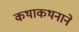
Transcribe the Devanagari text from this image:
कथाकथनाने